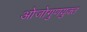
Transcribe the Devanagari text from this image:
ओजोगुणयुक्त